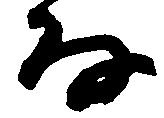
な